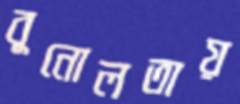
বুনোলতায়